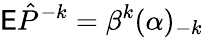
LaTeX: \mathsf E\hat{P}^{-k}=\beta^{k}(\alpha)_{-k}